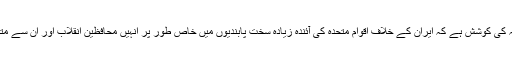
ہلیری کلنٹں کے بقول اسی لئے امریکہ کی کوشش ہے کہ ایران کے خلاف اقوام متحدہ کی آئندہ زیادہ سخت پابندیوں میں خاص طور پر انہیں محافظین انقلاب اور ان سے متعلقہ اداروں کو نشانہ بنایا جانا چاہیے۔